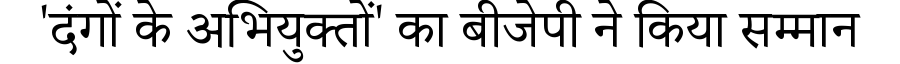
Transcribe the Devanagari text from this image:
'दंगों के अभियुक्तों' का बीजेपी ने किया सम्मान